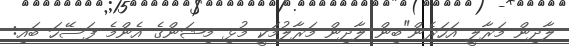
ލާދިން މަރާލީ އަހަރެން"ބިން ލާދިން މަރާލުމަކީ މުޅި މިޝަންގެ އެންމެ ފަސޭހަ ބައި: